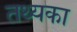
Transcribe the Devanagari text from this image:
तथ्यका